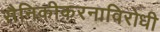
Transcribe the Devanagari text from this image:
सैनिकीकरनाविरोधी